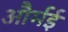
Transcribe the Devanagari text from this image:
और्मई